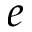
e